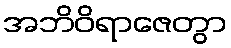
အဘိဝိရာဇေတွာ